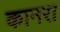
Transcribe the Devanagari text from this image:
कानरा